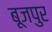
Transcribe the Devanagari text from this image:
बूजपुर